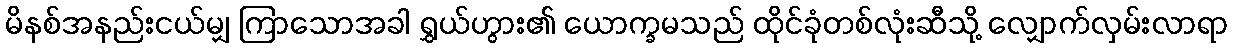
မိနစ်အနည်းငယ်မျှ ကြာသောအခါ ရွှယ်ဟွား၏ ယောက္ခမသည် ထိုင်ခုံတစ်လုံးဆီသို့ လျှောက်လှမ်းလာရာ